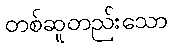
တစ်ဆူတည်းသော